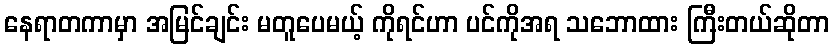
နေရာတကာမှာ အမြင်ချင်း မတူပေမယ့် ကိုရင်ဟာ ပင်ကိုအရ သဘောထား ကြီးတယ်ဆိုတာ